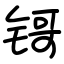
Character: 鿔